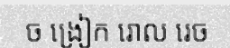
ច ង្រៀក រោល រេច